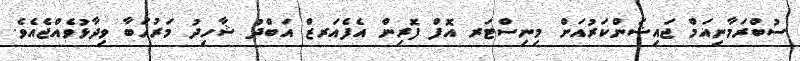
ސުބްރަމާނިއަމް ޖައިޝަންކަރުއަށް މިނިސްޓަރ އޮފް ފޮރިން އެފެއަރޒް އަބްދު ޝާހިދު މަރުޙަބާ ވިދާޅުވެއްޖެއެވެ.